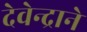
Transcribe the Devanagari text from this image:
देवेन्द्राने